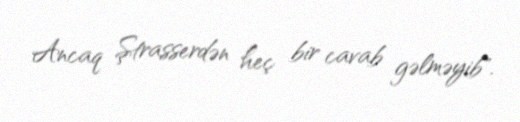
Ancaq Ştrasserdən heç bir cavab gəlməyib".